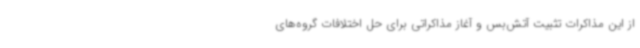
از این مذاکرات تثبیت آتش‌بس و آغاز مذاکراتی برای حل اختلافات گروه‌های